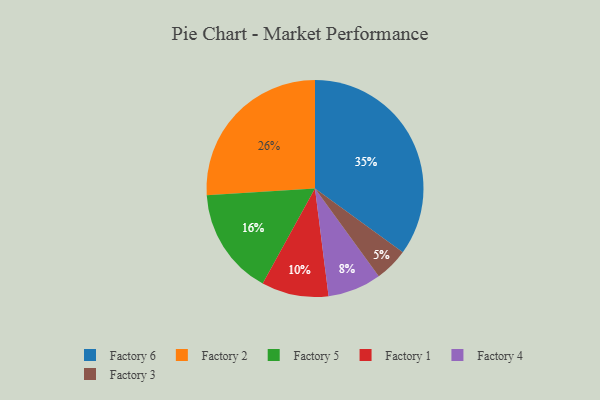
{"axis": {"x": "Category", "y": "Percentage"}, "legend": ["Factory 1", "Factory 2", "Factory 3", "Factory 4", "Factory 5", "Factory 6"], "data": [{"x": "Factory 3", "y": 5, "type": "Factory 3"}, {"x": "Factory 6", "y": 35, "type": "Factory 6"}, {"x": "Factory 1", "y": 10, "type": "Factory 1"}, {"x": "Factory 2", "y": 26, "type": "Factory 2"}, {"x": "Factory 4", "y": 8, "type": "Factory 4"}, {"x": "Factory 5", "y": 16, "type": "Factory 5"}]}